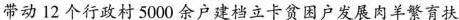
带动12个行政村5000余户建档立卡贫困户发展肉羊繁育扶